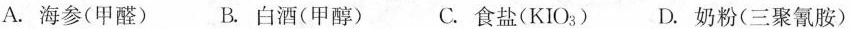
A. 海参(甲醛) B. 白酒(甲醇) C. 食盐($$KIO_{3}$$) D. 奶粉(三聚氰胺)